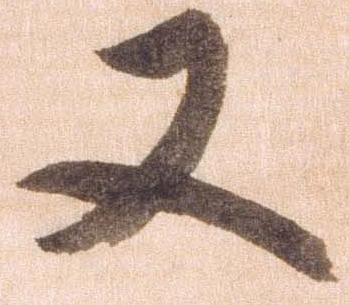
又